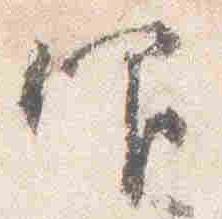
仰